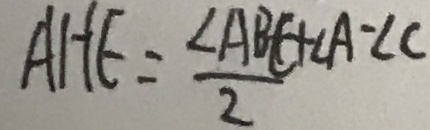
A H E = \frac { \angle A B E + \angle A - \angle C } { 2 }